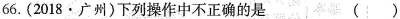
66.(2018·广州)下列操作中不正确的是 ()